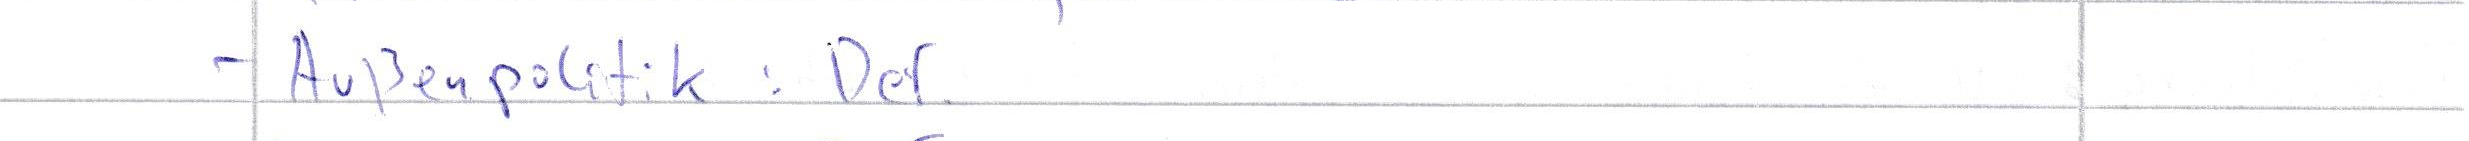
- Außenpolitik: Def.